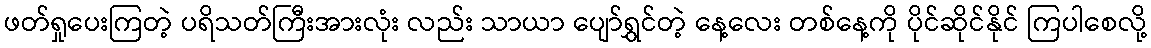
ဖတ်ရှုပေးကြတဲ့ ပရိသတ်ကြီးအားလုံး လည်း သာယာ ပျော်ရွှင်တဲ့ နေ့လေး တစ်နေ့ကို ပိုင်ဆိုင်နိုင် ကြပါစေလို့